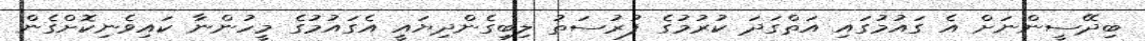
ބިދޭސީންނަށް އެ ގައުމުގައި އަތްގަދަ ކުރުމުގެ ފުރުސަތު ލިބިގެންދިޔައީ އެގައުމުގެ މީހުންނާ ކައިވެނިކޮށްގެން